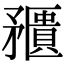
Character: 𥎛